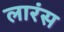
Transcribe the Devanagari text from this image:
लारंस